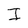
Character: I